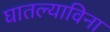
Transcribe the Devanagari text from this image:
घातल्याविना